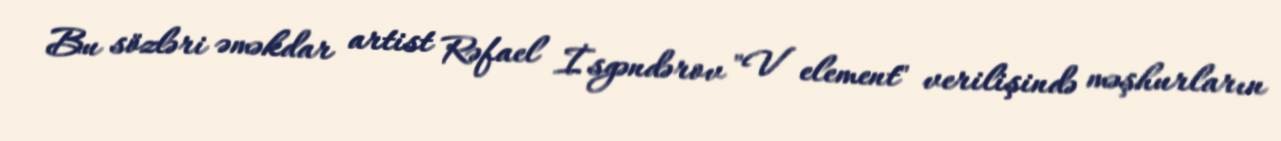
Bu sözləri əməkdar artist Rəfael İsgəndərov "V element" verilişində məşhurların